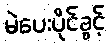
မဲပေးပိုင်ခွင့်